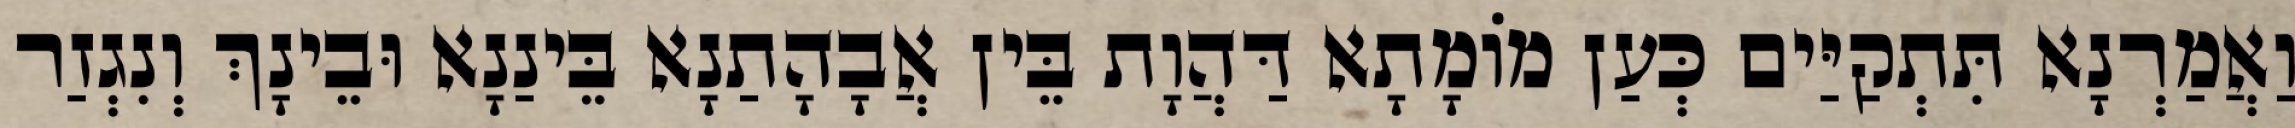
וַאֲמַרְנָא תִּתְקַיַּים כְּעַן מוֹמָתָא דַּהֲוָת בֵּין אֲבָהָתַנָא בֵּינַנָא וּבֵינָךְ וְנִגְזַר